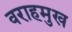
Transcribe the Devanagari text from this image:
वराहमुख